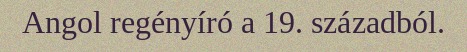
Angol regényíró a 19. századból.